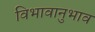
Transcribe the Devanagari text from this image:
विभावानुभाव